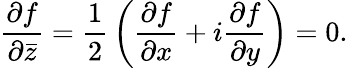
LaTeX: {\frac{\partial f}{\partial{\bar{z}}}}={\frac{1}{2}}\left({\frac{\partial f}{\partial x}}+i{\frac{\partial f}{\partial y}}\right)=0.